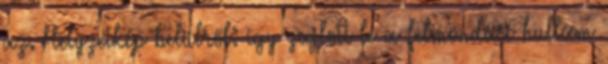
az. Helyzetkép belülről: így zajlott le a felmondási hullám